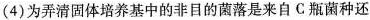
(4)为弄清固体培养基中的非目的菌落是来自C瓶菌种还